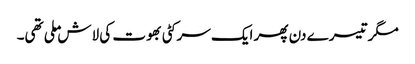
مگر تیسرے دن پھر ایک سرکٹی بھوت کی لاش ملی تھی۔